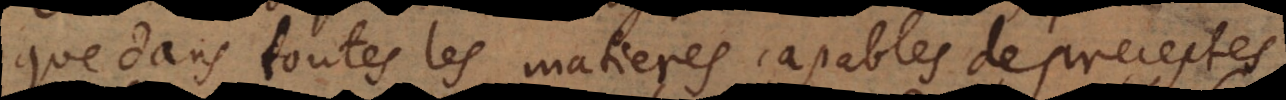
que dans toutes les matieres capables de preceptes